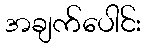
အချက်ပေါင်း